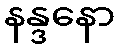
နန္ဒနော